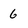
Character: 6